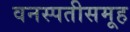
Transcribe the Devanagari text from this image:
वनस्पतीसमूह